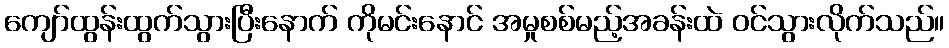
ကျော်ထွန်းထွက်သွားပြီးနောက် ကိုမင်းနောင် အမှုစစ်မည့်အခန်းထဲ ဝင်သွားလိုက်သည်။